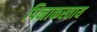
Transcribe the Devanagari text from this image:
पिनाकस्ताय